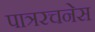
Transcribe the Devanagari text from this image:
पात्ररचनेस